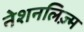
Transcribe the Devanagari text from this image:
नेशनलिज़्म